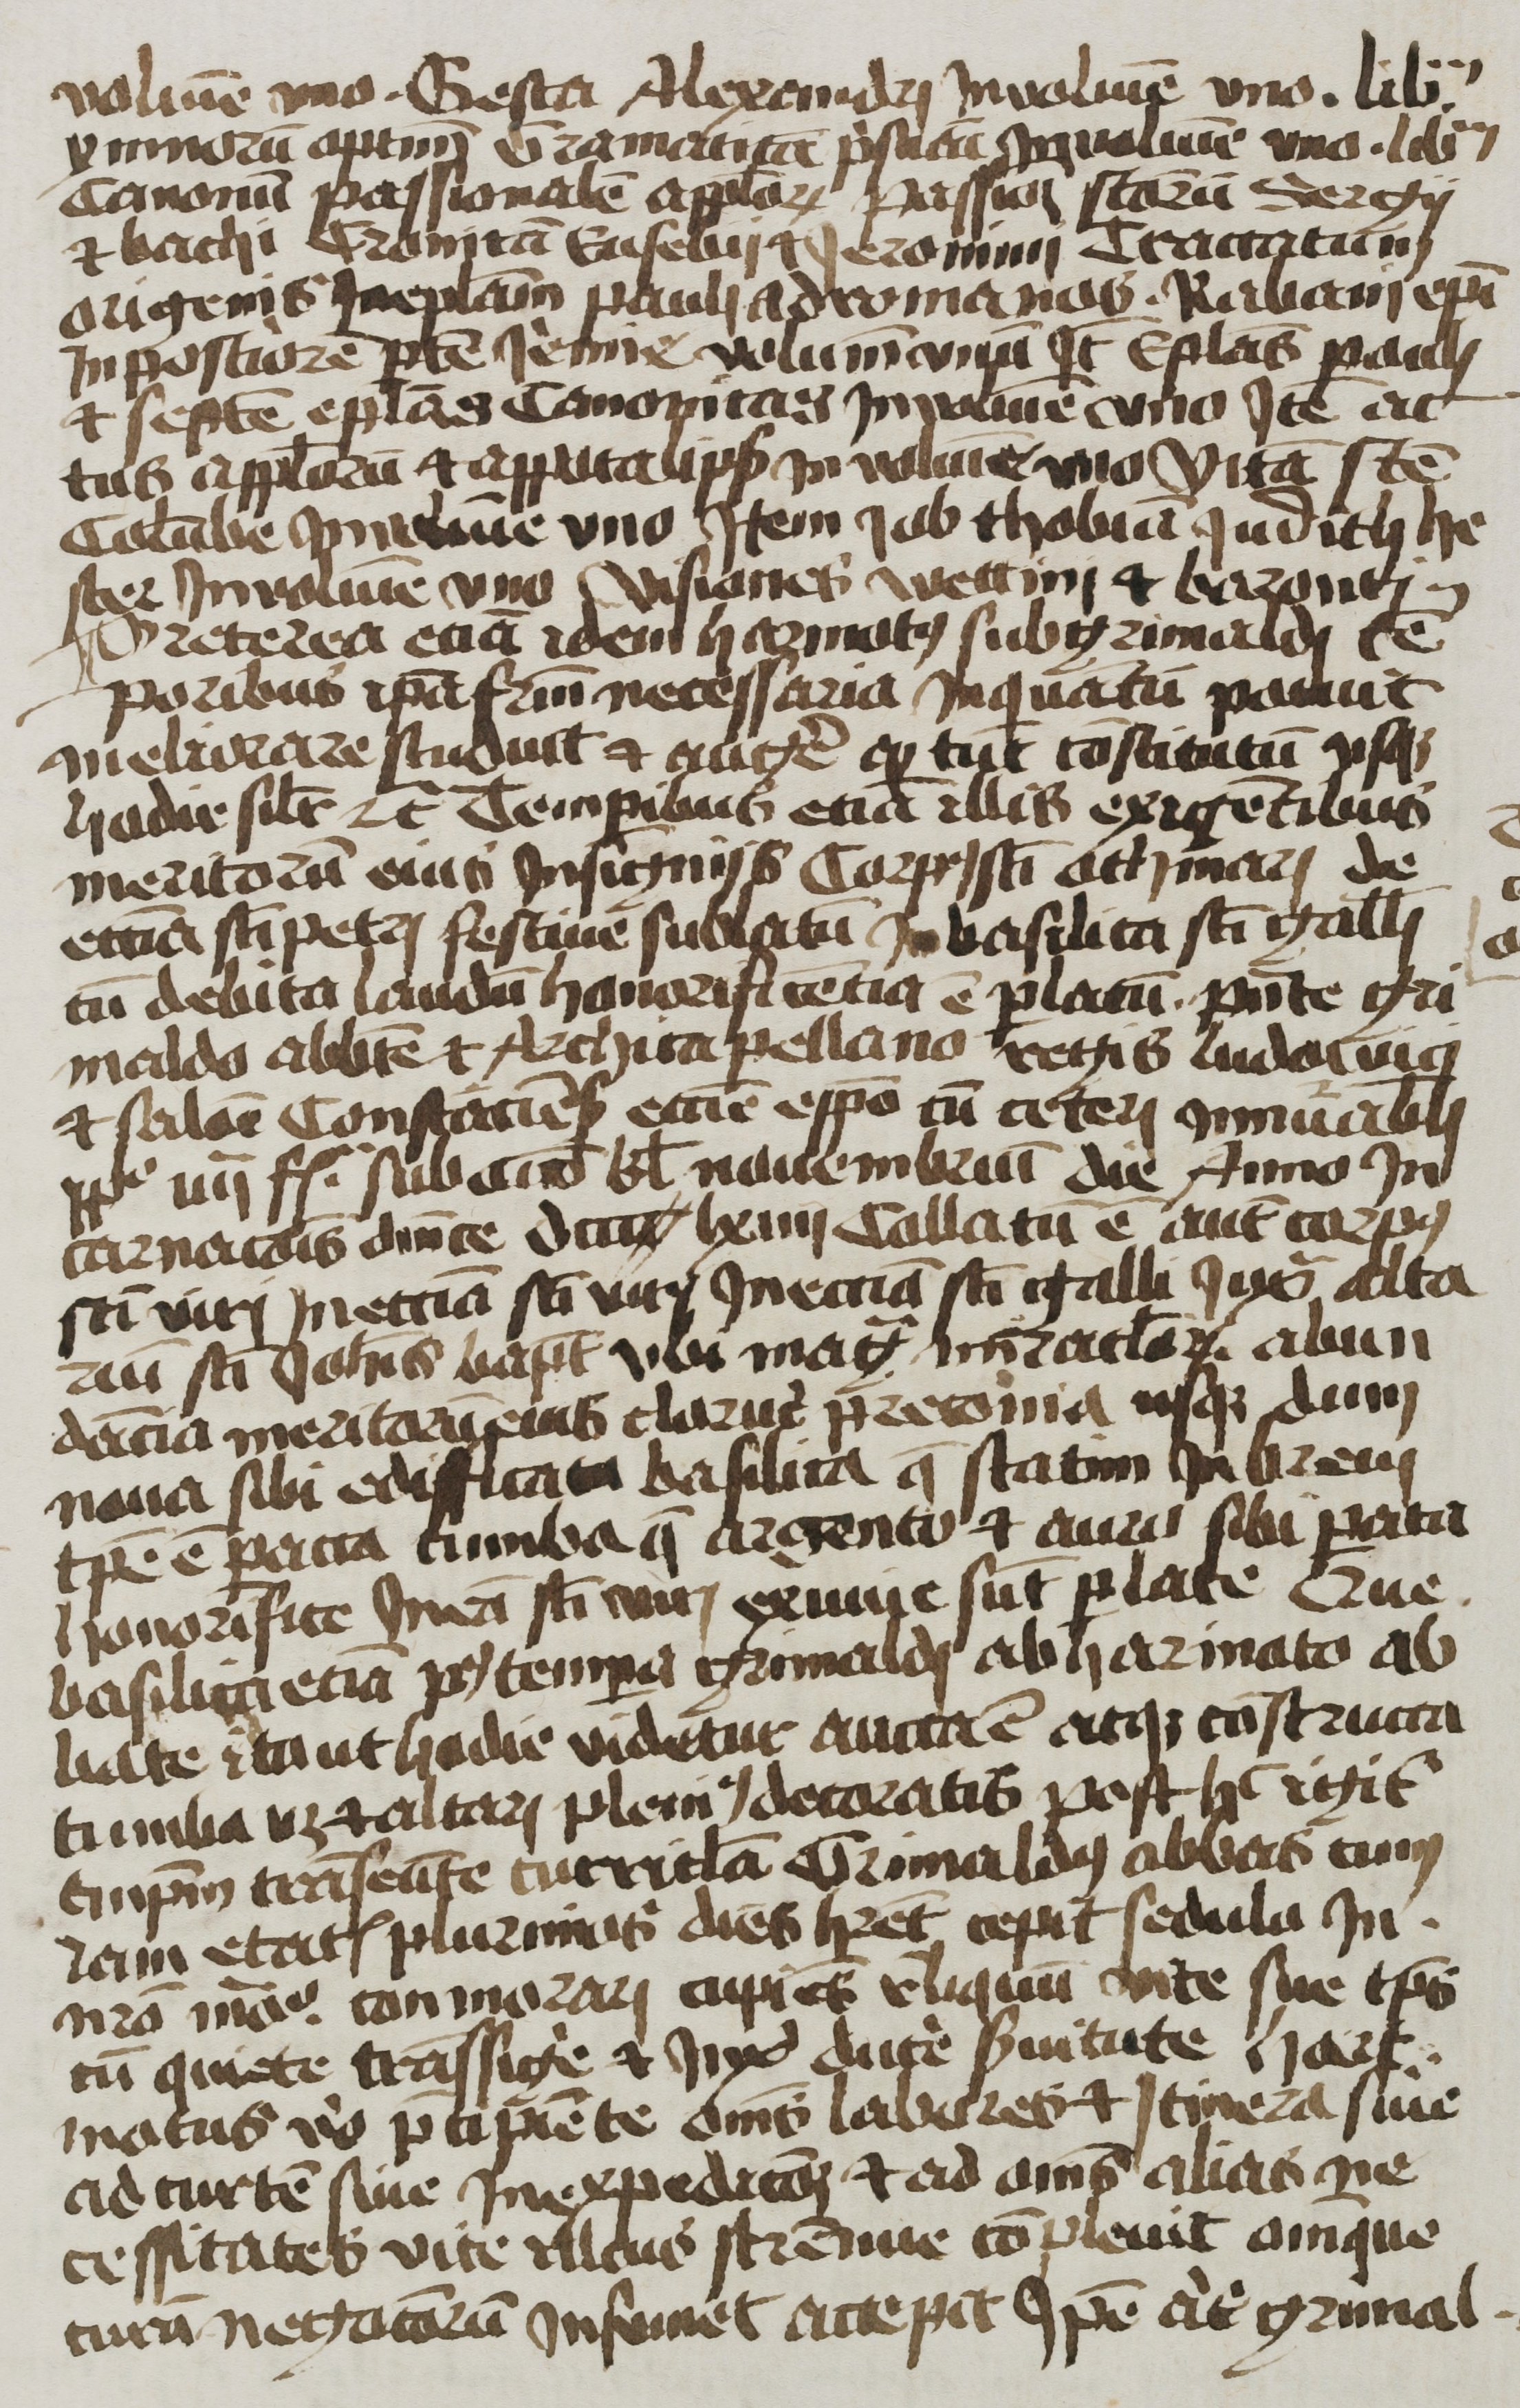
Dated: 1300–1499